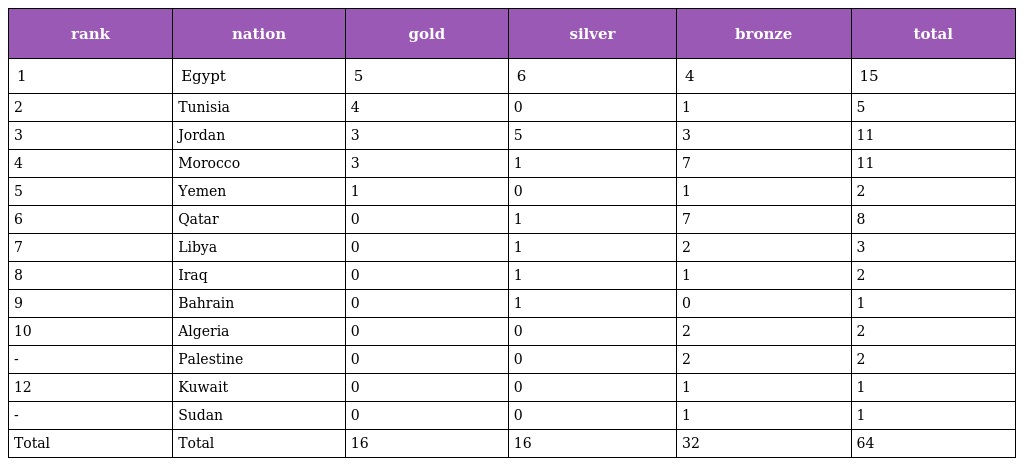
| rank | nation | gold | silver | bronze | total |
 | --- | --- | --- | --- | --- | --- |
 | 1 | Egypt | 5 | 6 | 4 | 15 |
 | 2 | Tunisia | 4 | 0 | 1 | 5 |
 | 3 | Jordan | 3 | 5 | 3 | 11 |
 | 4 | Morocco | 3 | 1 | 7 | 11 |
 | 5 | Yemen | 1 | 0 | 1 | 2 |
 | 6 | Qatar | 0 | 1 | 7 | 8 |
 | 7 | Libya | 0 | 1 | 2 | 3 |
 | 8 | Iraq | 0 | 1 | 1 | 2 |
 | 9 | Bahrain | 0 | 1 | 0 | 1 |
 | 10 | Algeria | 0 | 0 | 2 | 2 |
 | - | Palestine | 0 | 0 | 2 | 2 |
 | 12 | Kuwait | 0 | 0 | 1 | 1 |
 | - | Sudan | 0 | 0 | 1 | 1 |
 | Total | Total | 16 | 16 | 32 | 64 |